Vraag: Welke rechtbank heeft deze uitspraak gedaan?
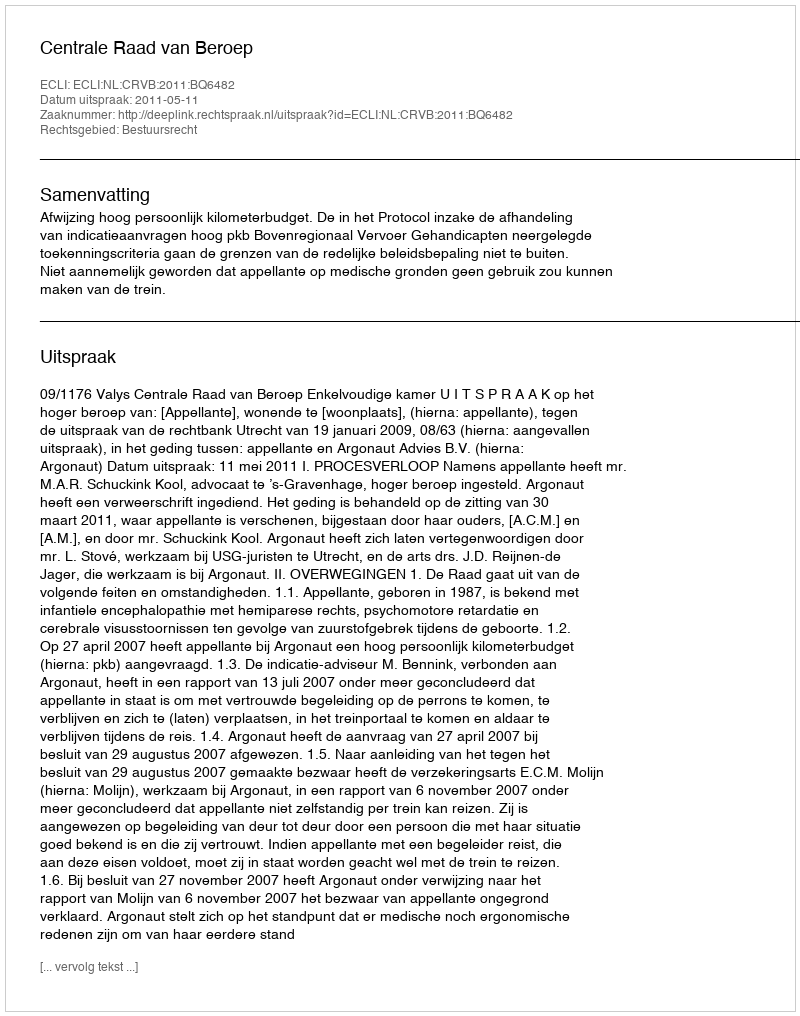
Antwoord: Centrale Raad van Beroep